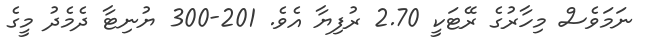
ނަމަވެސް މިހާރުގެ ރޭޓަކީ 2.70 ރުފިޔާ އެވެ. 201-300 ޔުނިޓާ ދެމެދު މީގެ